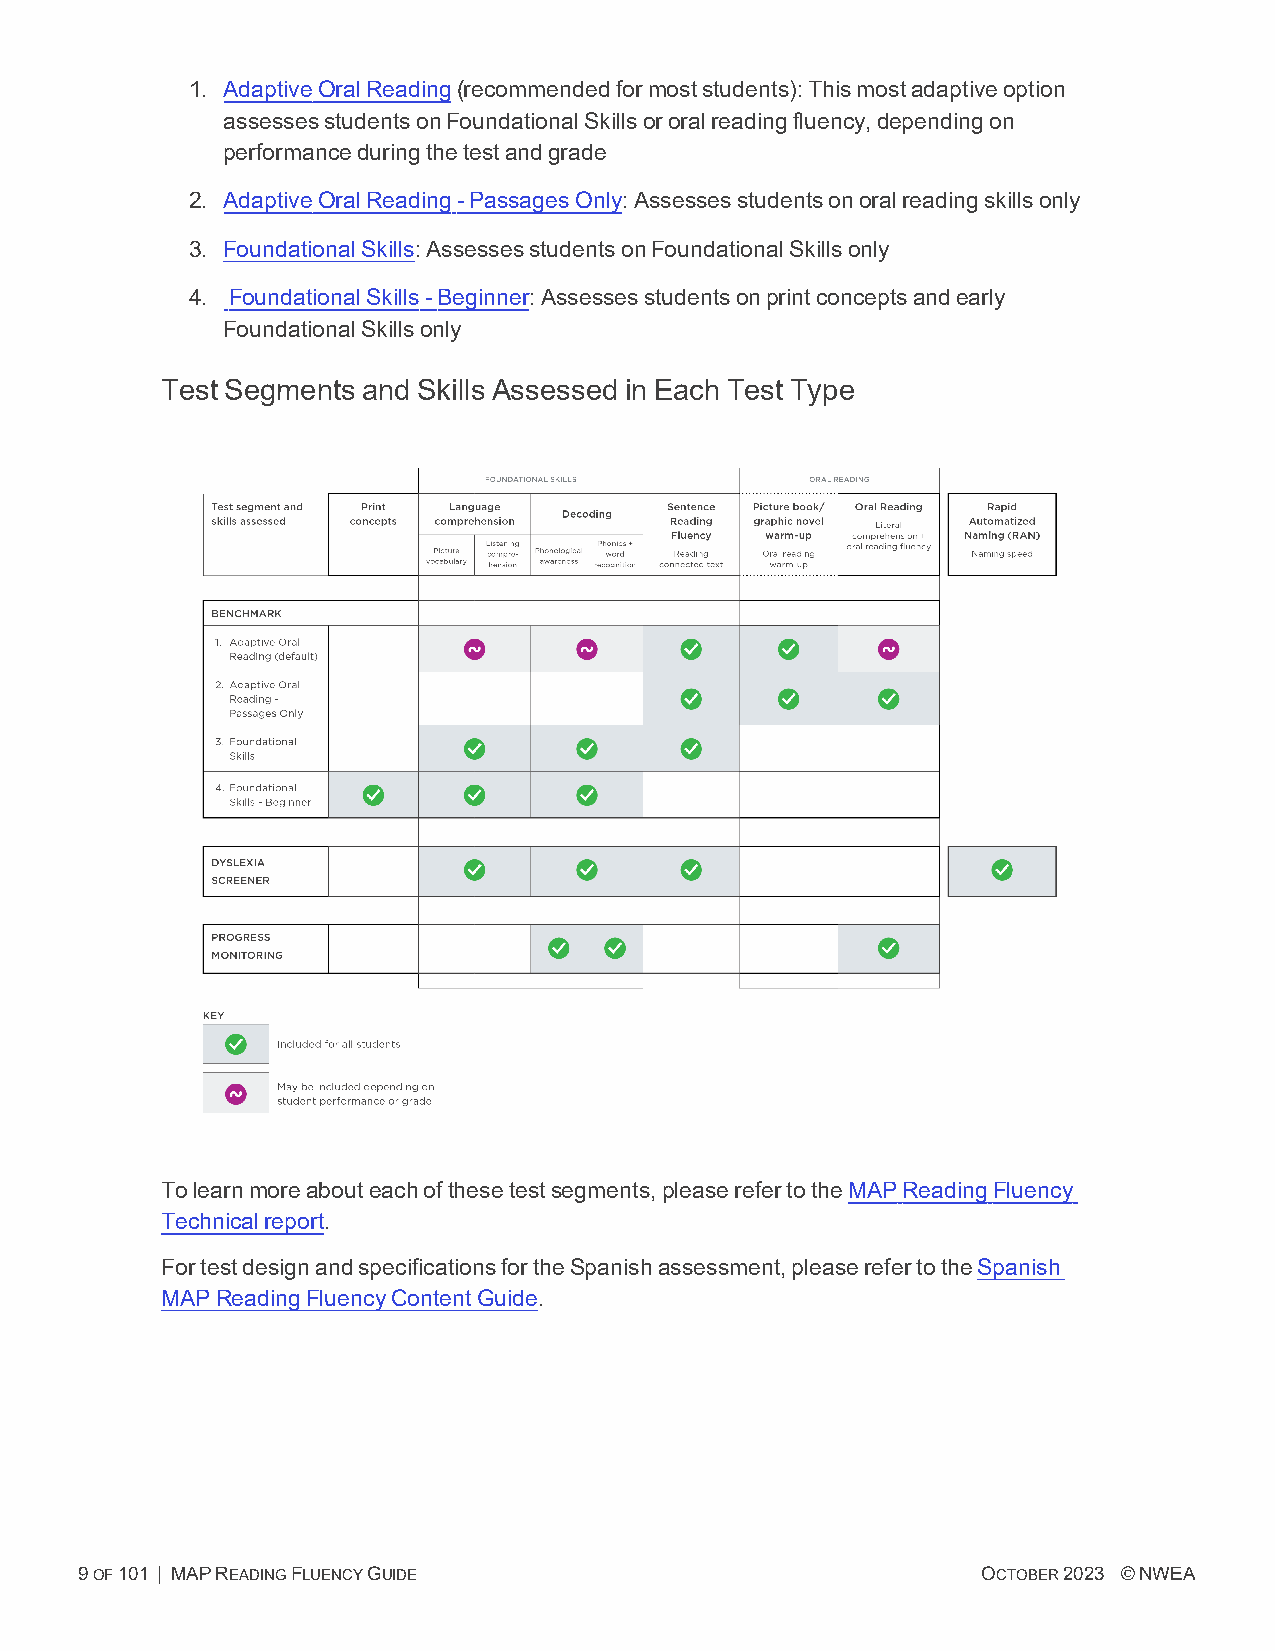
1. AdaptiveOralReading(recommendedformoststudents):Thismostadaptiveoption
 assessesstudentsonFoundationalSkillsororalreadingfluency,dependingon
 performanceduringthetestandgrade
 2. AdaptiveOralReading-PassagesOnly:Assessesstudentsonoralreadingskillsonly
 3. FoundationalSkills:AssessesstudentsonFoundationalSkillsonly
 4. FoundationalSkills-Beginner:Assessesstudentsonprintconceptsandearly
 FoundationalSkillsonly
 Test Segments and Skills Assessed in Each Test Type
 Tolearnmoreabouteachofthesetestsegments,pleaserefertotheMAPReadingFluency
 Technicalreport.
 FortestdesignandspecificationsfortheSpanishassessment,pleaserefertotheSpanish
 MAPReadingFluencyContentGuide.
 9OF101 | MAPREADINGFLUENCYGUIDE                             OCTOBER2023 ©NWEA